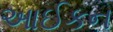
આઈકન